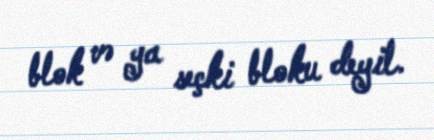
blok və ya seçki bloku deyil.